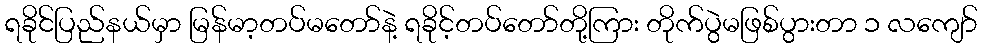
ရခိုင်ပြည်နယ်မှာ မြန်မာ့တပ်မတော်နဲ့ ရခိုင့်တပ်တော်တို့ကြား တိုက်ပွဲမဖြစ်ပွားတာ ၁ လကျော်